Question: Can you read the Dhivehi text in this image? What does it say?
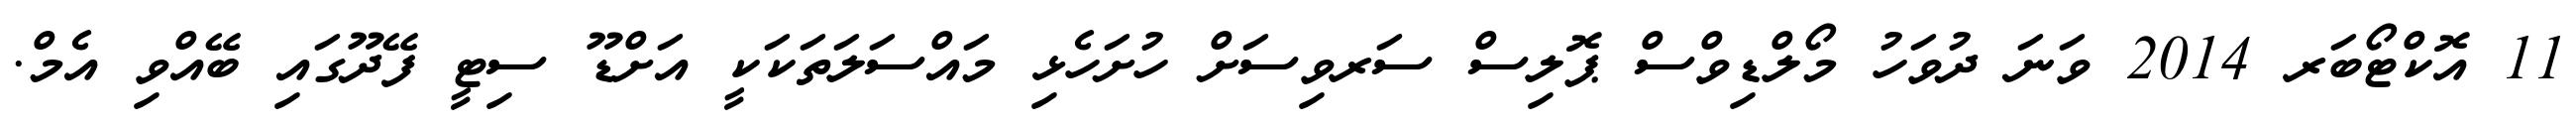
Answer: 11 އޮކްޓޯބަރ 2014 ވަނަ ދުވަހު މޯލްޑިވްސް ޕޮލިސް ސަރވިސަށް ހުށަހެޅި މައްސަލަތަކަކީ އަށްޑޫ ސިޓީ ފޭދޫގައި ބޭއްވި އެމް.